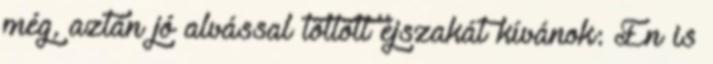
még, aztán jó alvással töltött éjszakát kívánok: Én is